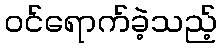
ဝင်ရောက်ခဲ့သည့်